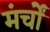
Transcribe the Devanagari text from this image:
मंर्चों